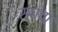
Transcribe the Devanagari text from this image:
संघचा